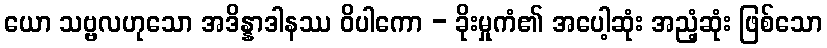
ယော သဗ္ဗလဟုသော အဒိန္နာဒါနဿ ဝိပါကော - ခိုးမှုကံ၏ အပေါ့ဆုံး အညံ့ဆုံး ဖြစ်သော